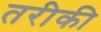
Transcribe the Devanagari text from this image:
तरीकी